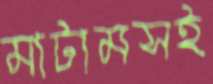
মাটামসই